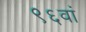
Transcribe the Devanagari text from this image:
९६वां